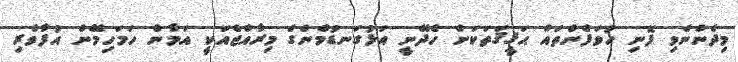
މިދެންނެވި ފޮނި ހުވަފެންތައް ޙަޤީޤަތަކަށް ހެދޭނީ އަޅުގަނޑުމެންގެ މިރާއްޖެއަކީ އަމާން ހަމަހިމޭން އުފާވެރި